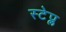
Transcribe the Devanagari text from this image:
स्टेप्ल